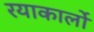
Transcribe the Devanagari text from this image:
रयाकार्लो